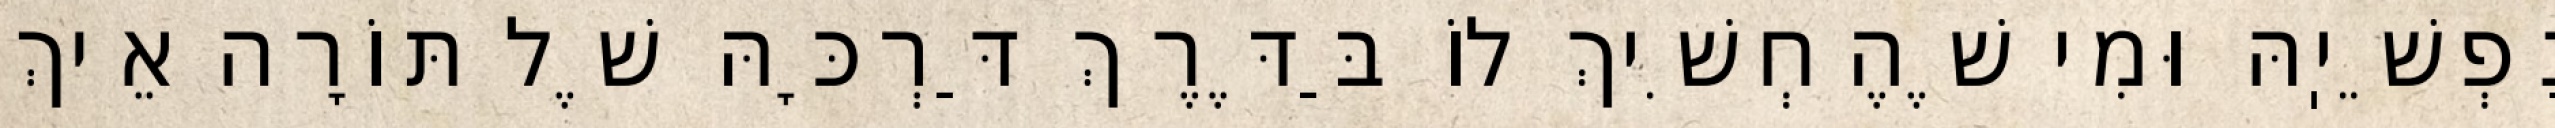
נַפְשֵׁיֽהּ וּמִי שֶׁהֶחְשִׁיךְ לוֹ בַּדֶּרֶךְ דַּרְכָּהּ שֶׁל תּוֹרָה אֵיךְ